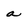
Character: a